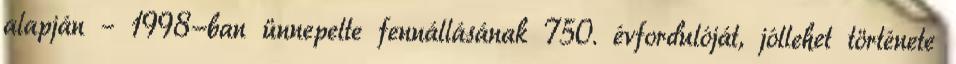
alapján – 1998-ban ünnepelte fennállásának 750. évfordulóját, jóllehet története